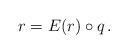
LaTeX: \begin{align*}r = E(r) \circ q\,.\end{align*}